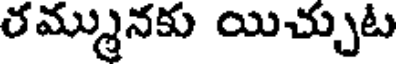
రమ్మునకు యిచ్చుట